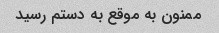
ممنون به موقع به دستم رسید